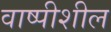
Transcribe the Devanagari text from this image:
वाष्पीशील